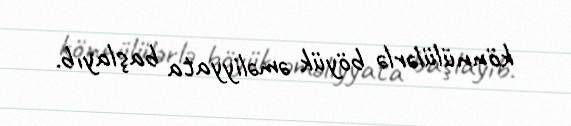
könnülülərlə böyük əməliyyata başlayıb.